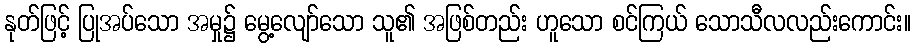
နုတ်ဖြင့် ပြုအပ်သော အမှု၌ မွေ့လျော်သော သူ၏ အဖြစ်တည်း ဟူသော စင်ကြယ် သောသီလလည်းကောင်း။